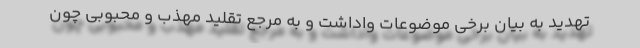
تهدید به بیان برخی موضوعات واداشت و به مرجع تقلید مهذب و محبوبی چون